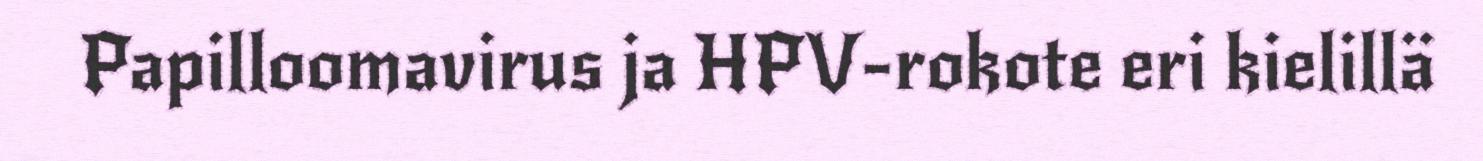
Papilloomavirus ja HPV-rokote eri kielillä